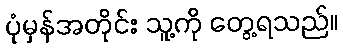
ပုံမှန်အတိုင်း သူ့ကို တွေ့ရသည်။